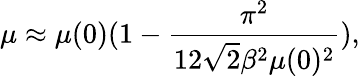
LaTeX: \mu\approx\mu(0)(1-\frac{\pi^{2}}{12\sqrt{2}\beta^{2}\mu(0)^{2}}),